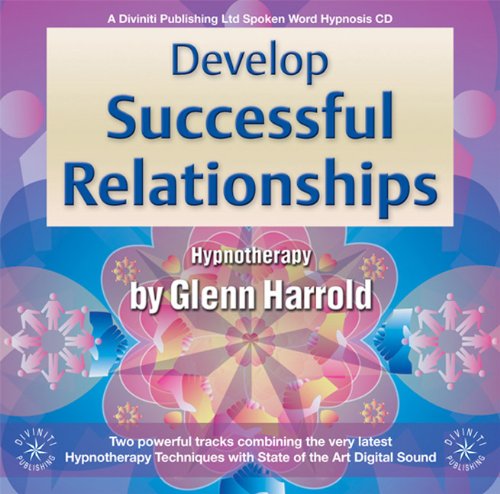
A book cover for Develop Successful Relationships; Glenn Harrold; Self-Help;